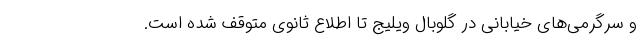
و سرگرمی‌های خیابانی در گلوبال ویلیج تا اطلاع ثانوی متوقف شده است.